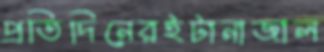
প্রতিদিনেরইটানাজাল